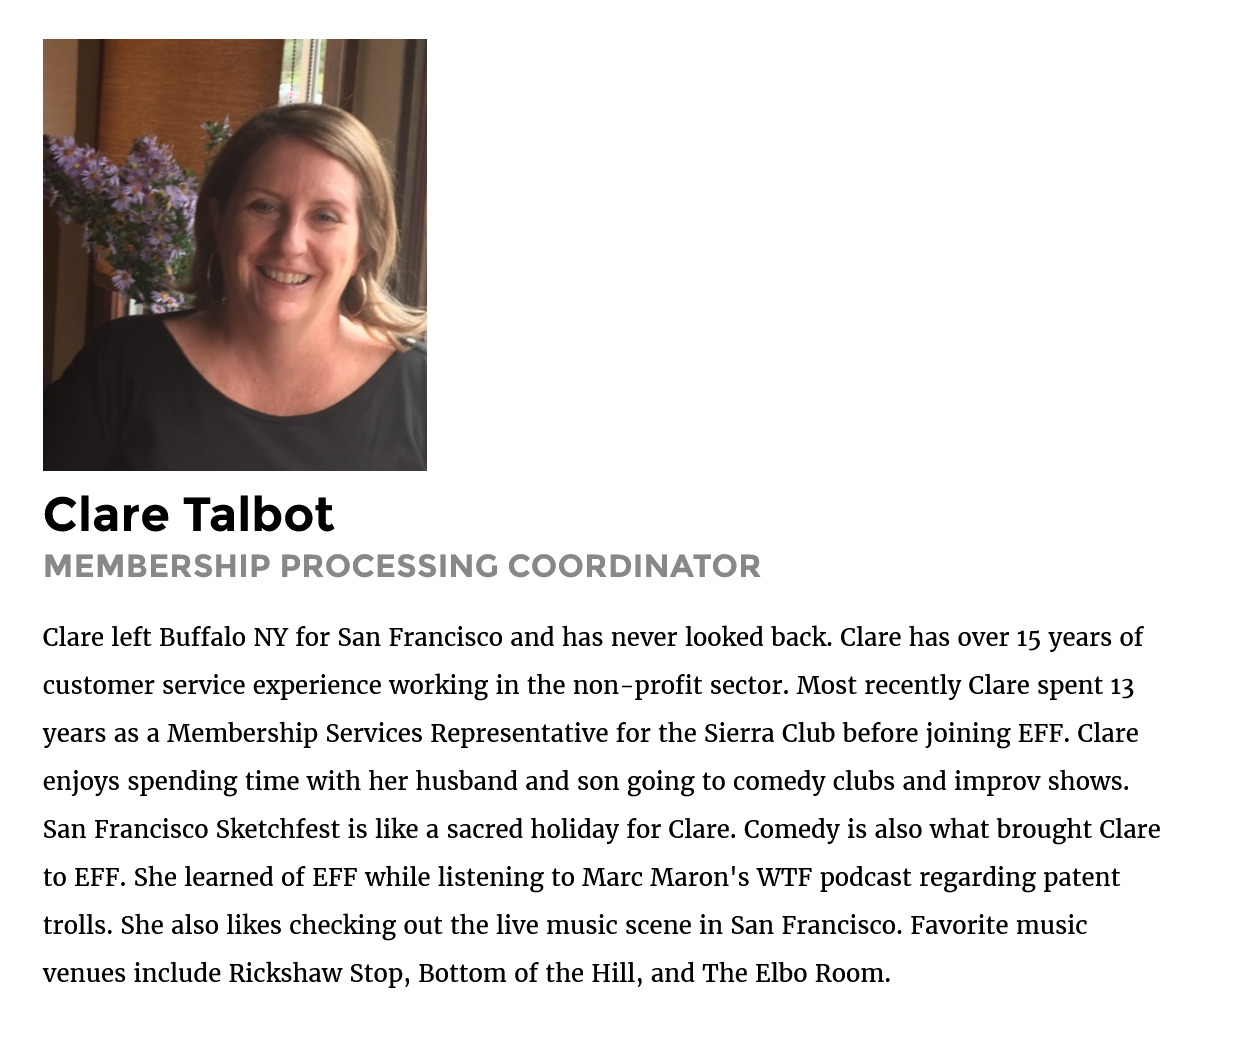
Clare    Talbot
    MEMBERSHIP    PROCESSING    COORDINATOR
    Clare left Buffalo NY for San Francisco and has never looked back. Clare has over 15 years of
    customer service experience working in the non-profit sector. Most recently Clare spent 13
    years as a Membership Services Representative for the Sierra Club before joining EFF. Clare
    enjoys spending time with her husband and son going to comedy clubs and improv shows.
    San Francisco Sketchfest is like a sacred holiday for Clare. Comedy is also what brought Clare
    to EFF. She learned of EFF while listening to Marc Maron's WTF podcast regarding patent
    trolls. She also likes checking out the live music scene in San Francisco. Favorite music
    venues include Rickshaw Stop, Bottom of the Hill, and The Elbo Room.